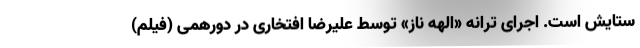
ستایش است. اجرای ترانه «الهه ناز» توسط علیرضا افتخاری در دورهمی (فیلم)